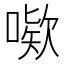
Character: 𫫙